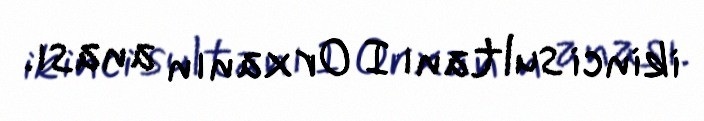
ikinci sultanı I Orxanın anası.